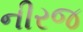
નીરજ